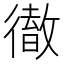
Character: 𢕿